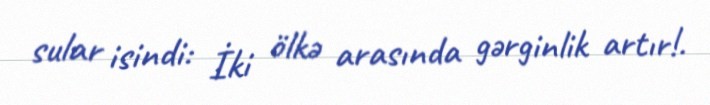
sular isindi: İki ölkə arasında gərginlik artır!.